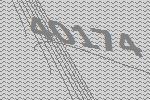
40174